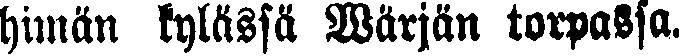
himän kylässää Wärjän torpassa.